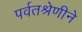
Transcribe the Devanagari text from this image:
पर्वतश्रेणीने